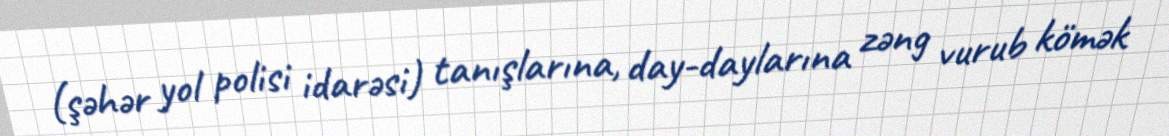
(şəhər yol polisi idarəsi) tanışlarına, day-daylarına zəng vurub kömək